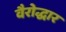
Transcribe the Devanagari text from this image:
वैरोद्धार